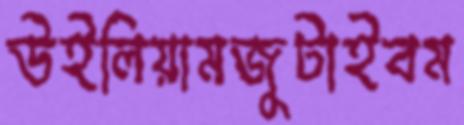
উইলিয়ামজুটাইবম